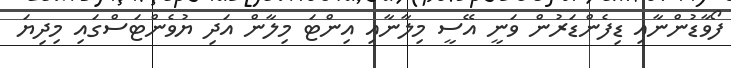
ފޯވާޑުންނާއި ޑިފެންޑަރުން ވަނީ އޭސީ މިލާނާއި އިންޓަ މިލާން އަދި ޔުވެންޓަސްގައި މިދިޔަ